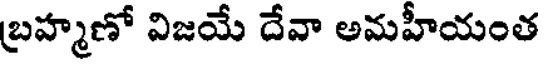
బ్రహ్మణో విజయే దేవా అమహీయంత